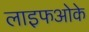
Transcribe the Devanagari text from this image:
लाइफओके